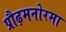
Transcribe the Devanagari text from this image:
प्रौढ़मनोरमा